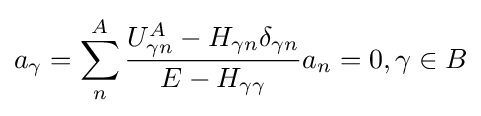
a_{\gamma }=\sum _{n}^{A}{\frac {U_{\gamma n}^{A}-H_{\gamma n}\delta _{\gamma n}}{E-H_{\gamma \gamma }}}a_{n}=0,\gamma \in B